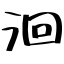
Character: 洄